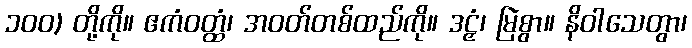
၁၀၀) တို့ကို။ ဧကံဝတ္ထံ၊ အဝတ်တစ်ထည်ကို။ ဒဠှံ၊ မြဲစွာ။ နိဝါသေတွာ၊